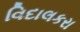
વિદાલકરા